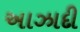
અાઝાદી